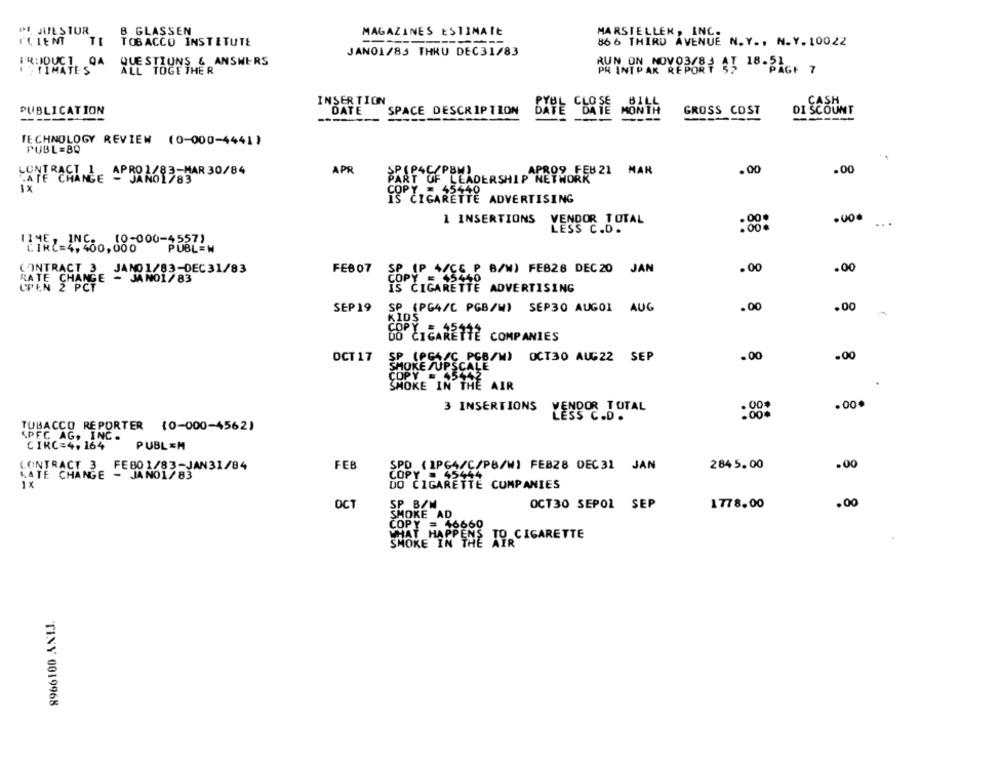
PL JUESTUR
B GLASSEN
MARSTELLER, INC.
MAGAZINES ESTIMATE
TI
TOBACCO INSTITUTE
866 THIRD AVENUE N. Y ., N.Y. 10022
JANO1/83 THRU DEC31/83
QUESTIONS & ANSWERS
TIMATES
ALL TOGETHER
IN ON NOVO3/8# 45 18.PAGF 7
INSERTION
CASH
PUBLICATION
DATE
SPACE DESCRIPTION
DATE DATE MONTH
GROSS COST
DI SCOUNT
----
TECHNOLOGY REVIEW (0-000-4441)
PUBL=8Q
. .
CONTRAC
CATE CHANGE APBRA6RE-HAR 30/84
APR
APRO9 FEB 21 MAR
.00
.00
PART OF LEADERSHIP NETWORK
5440
CIGARETTE ADVERTISING
1 INSERTIONS
VENDOR
LESS C. DUTAL
. 00
...
LIN(=4, 480, 185000-65571
.00
.00
CONTRACT 3 JANO1/83-DEC31/83
FEB 07
(P 4/CC P B/W) FEB28 DEC20 JAN
RATE CHANGE - JANO1/83
IS CIGARETTE ADVERTISING
.00
SEP 19
SP (PG4/C PGB/M) SEP30 AUGOI AUG
.00
GO CIGARETTE COMPANIES
OCT 17
SP (PGA/C PGB/W) OCT30 AUG22 SEP
.00
.00
SMOKE SUPSCALE
COPY = 45442
SMOKE IN THE AIR
.00.
3 INSERTIONS
VENDOR TOTAL
LESS C.D.
TUBACCO REPORTER (0-000-4562)
SPEC AG, INC .
CIRC=4, 164
PUBL &H
FEB
SPO ( IPCA/C/PB/W) FEB28 DEC31 JAN
284 5. 00
.00
CONTRACT 3 FEBO 1/83-JAN31/84
LATE CHANGE - JANO1783
DO CIGARETTE COMPANIES
OCT
OCT30 SEPOL SEP
1778.00
.00
SP BAW
SMOKE AD
COPY = 46660
SMOKE IN THE TORCIGARETTE
TINY 0019968